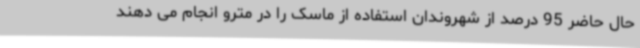
حال حاضر 95 درصد از شهروندان استفاده از ماسک را در مترو انجام می دهند